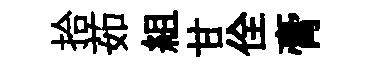
拾茹組甘佺膏